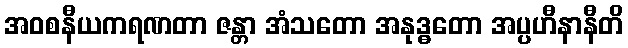
အဝစနီယကရဏတာ ဇန္တာ အံသတော အနုဒ္ဓတော အပ္ပဟီနာနီတိ